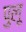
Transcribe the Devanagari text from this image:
पुलू